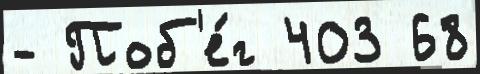
- Поб'е́г 403 68